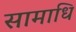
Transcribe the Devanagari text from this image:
सामाधि